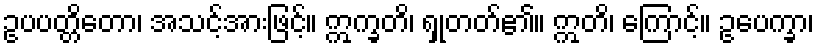
ဥပပတ္တိတော၊ အသင့်အားဖြင့်။ ဣက္ခတိ၊ ရှုတတ်၏။ ဣတိ၊ ကြောင့်။ ဥပေက္ခာ၊